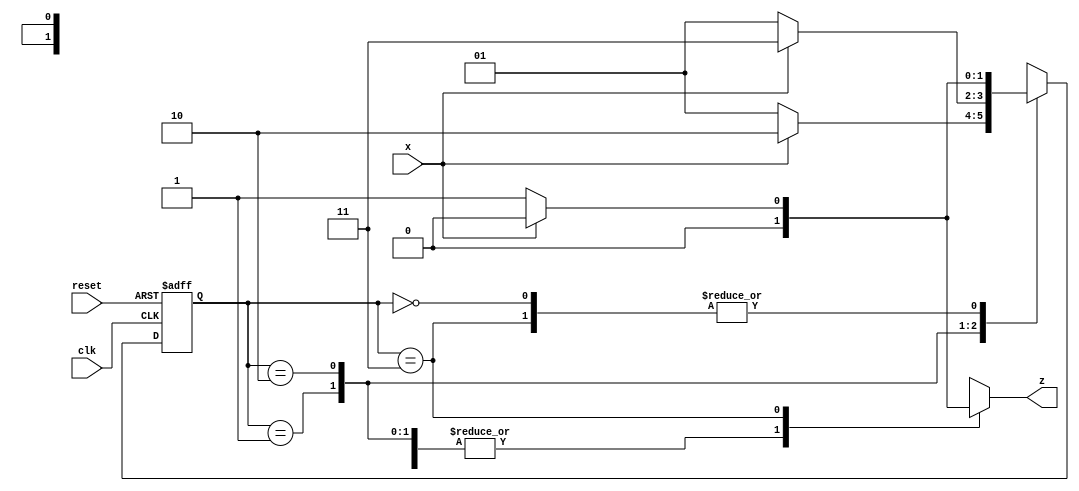
// Sequence Detector
//----------------------------------
// Type : module
// Contact : mathewtg.mec@gmail.com
//------------------
//------------------
// Notes :- Mealy machine implementation of a 0110 overlapping
//			sequence detector
//

module sequenceDet (x,clk,reset,z);
	input x,clk,reset;
	output reg z;
	
	reg [0:1] PS, NS;
	
	parameter S0 = 2'b00, S1 = 2'b01, S2 = 2'b10, S3 = 2'b11;
	
	always @ (posedge clk or posedge reset)
	begin
		if (reset) PS <= S0;
		else PS <= NS;
	end
	
	always @ (PS,x)
		case (PS)
			S0 : begin
					z = 0;
					NS = x ? S0 : S1;
				 end
			S1 : begin
					z = 0;
					NS = x ? S2 : S1;
				 end
			S2 : begin
					z = 0;
					NS = x ? S3 : S1;
				 end
			S3 : begin
					z = x ? 0 : 1;
					NS = x ? S0 : S1;
				 end
		endcase
		
endmodule